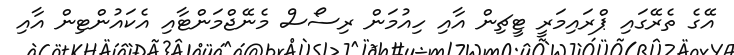
އޭގެ ތެރޭގައި ޕްރައިމަރީ ޓީޗިން އާއި ހިއުމަން ރިސޯސް މެނޭޖްމަންޓާއި އެކައުންޓިން އާއި